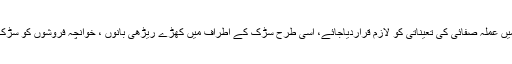
تجارتی مراکز ، مرکزی عمارتوں میں عملہ صفائی کی تعیناتی کو لازم قراردیاجائے، اسی طرح سڑک کے اطراف میں کھڑے ریڑھی بانوں ، خوانچہ فروشوں کو سڑک پر کوڑا پھینکنے سے روکاجائے۔